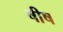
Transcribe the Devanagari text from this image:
षीष